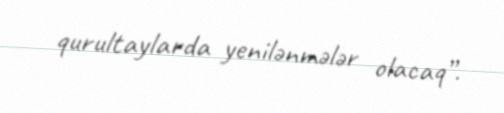
qurultaylarda yenilənmələr olacaq”.